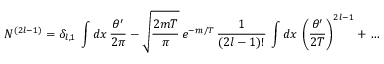
N ^ { ( 2 l - 1 ) } = \delta _ { l , 1 } \, \int d x \, \frac { \theta ^ { \prime } } { 2 \pi } - \sqrt { \frac { 2 m T } { \pi } } \, e ^ { - m / T } \, \frac { 1 } { ( 2 l - 1 ) ! } \, \int d x \, \left( \frac { \theta ^ { \prime } } { 2 T } \right) ^ { 2 l - 1 } + \dots